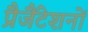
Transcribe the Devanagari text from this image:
प्रैजैंटेशनों